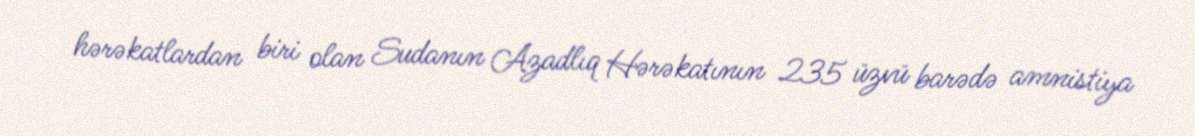
hərəkatlardan biri olan Sudanın Azadlıq Hərəkatının 235 üzvü barədə amnistiya